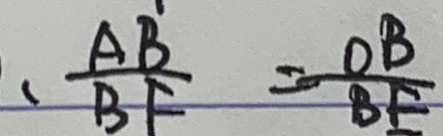
、 \frac { A B } { B F } = \frac { O B } { B E }